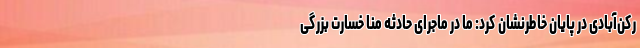
رکن‌آبادی در پایان خاطرنشان کرد: ما در ماجرای حادثه منا خسارت بزرگی